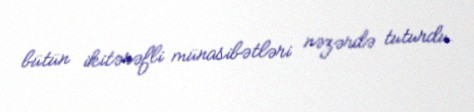
bütün ikitərəfli münasibətləri nəzərdə tuturdu.